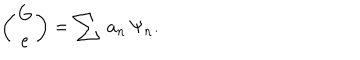
\left( \begin{array} { c } { { G } } \\ { { e } } \\ \end{array} \right) = \sum \, a _ { n } \, \Psi _ { n } . \nonumber